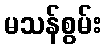
မသန်စွမ်း